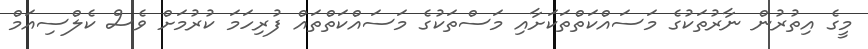
މީގެ އިތުރުން ނާރުތަކުގެ މަސައްކަތްތަކަށާއި މަސްތަކުގެ މަސައްކަތްތައް ފުރިހަމަ ކުރުމަށް ވެސް ކެލްސިއަމް